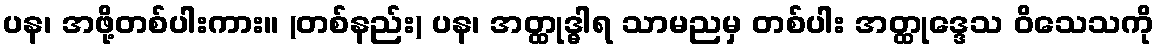
ပန၊ အဖို့တစ်ပါးကား။ (တစ်နည်း) ပန၊ အတ္ထုဒ္ဓါရ သာမညမှ တစ်ပါး အတ္ထုဒ္ဒေသ ဝိသေသကို